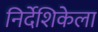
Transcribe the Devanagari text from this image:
निर्देशिकेला